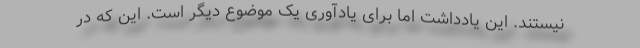
نیستند. این یادداشت اما برای یادآوری یک موضوع دیگر است. این که در